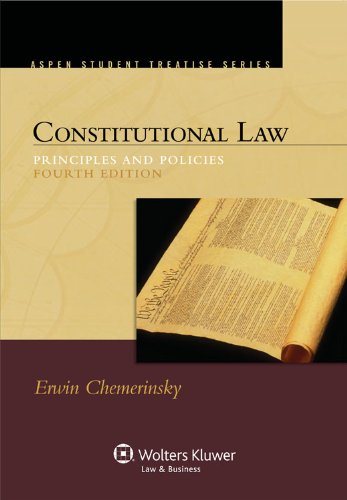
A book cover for Constitutional Law: Principles and Policies, 4th Edition (Aspen Student Treatise Series); Erwin Chemerinsky; Law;